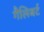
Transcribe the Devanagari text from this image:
गैलिबर्ट